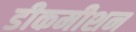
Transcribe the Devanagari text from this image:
डीकमीशन